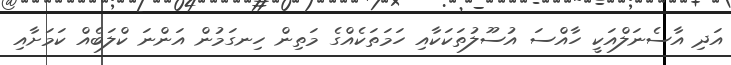
އަދި އާސެނަލްއަކީ ހާއްސަ އުސޫލުތަކަކާއި ހަމަތަކެއްގެ މަތިން ހިނގަމުން އަންނަ ކްލަބެއް ކަމަށާއި